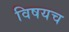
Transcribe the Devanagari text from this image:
विषयच